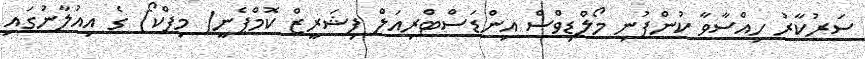
ސަރުކާރު ހިއްސާވާ ކުންފުނި މޯލްޑިވްސް އިންޑަސްޓްރިއަލް ފިޝަރީޒް ކޮމްޕެނީ( މިފްކޯ) ގެ އިއުލާނުގައި